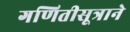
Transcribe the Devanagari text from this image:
गणितीसूत्राने